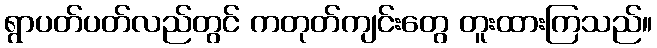
ရွာပတ်ပတ်လည်တွင် ကတုတ်ကျင်းတွေ တူးထားကြသည်။